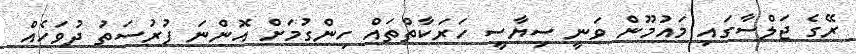
ރޭގެ ޖަލްސާގައި މައުމޫން ވަނީ ސިޔާސީ ހަރަކާތްތައް ހިންގުމަށް އޮންނަ ފުރުސަތު ދުވަހެއް